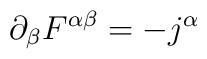
\partial_{\beta} F^{\alpha \beta} = - j^{\alpha}